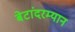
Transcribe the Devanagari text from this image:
बेटांदरम्यान